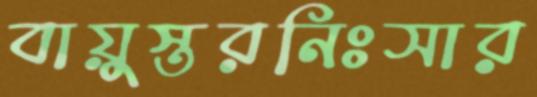
বায়ুস্তরনিঃসার